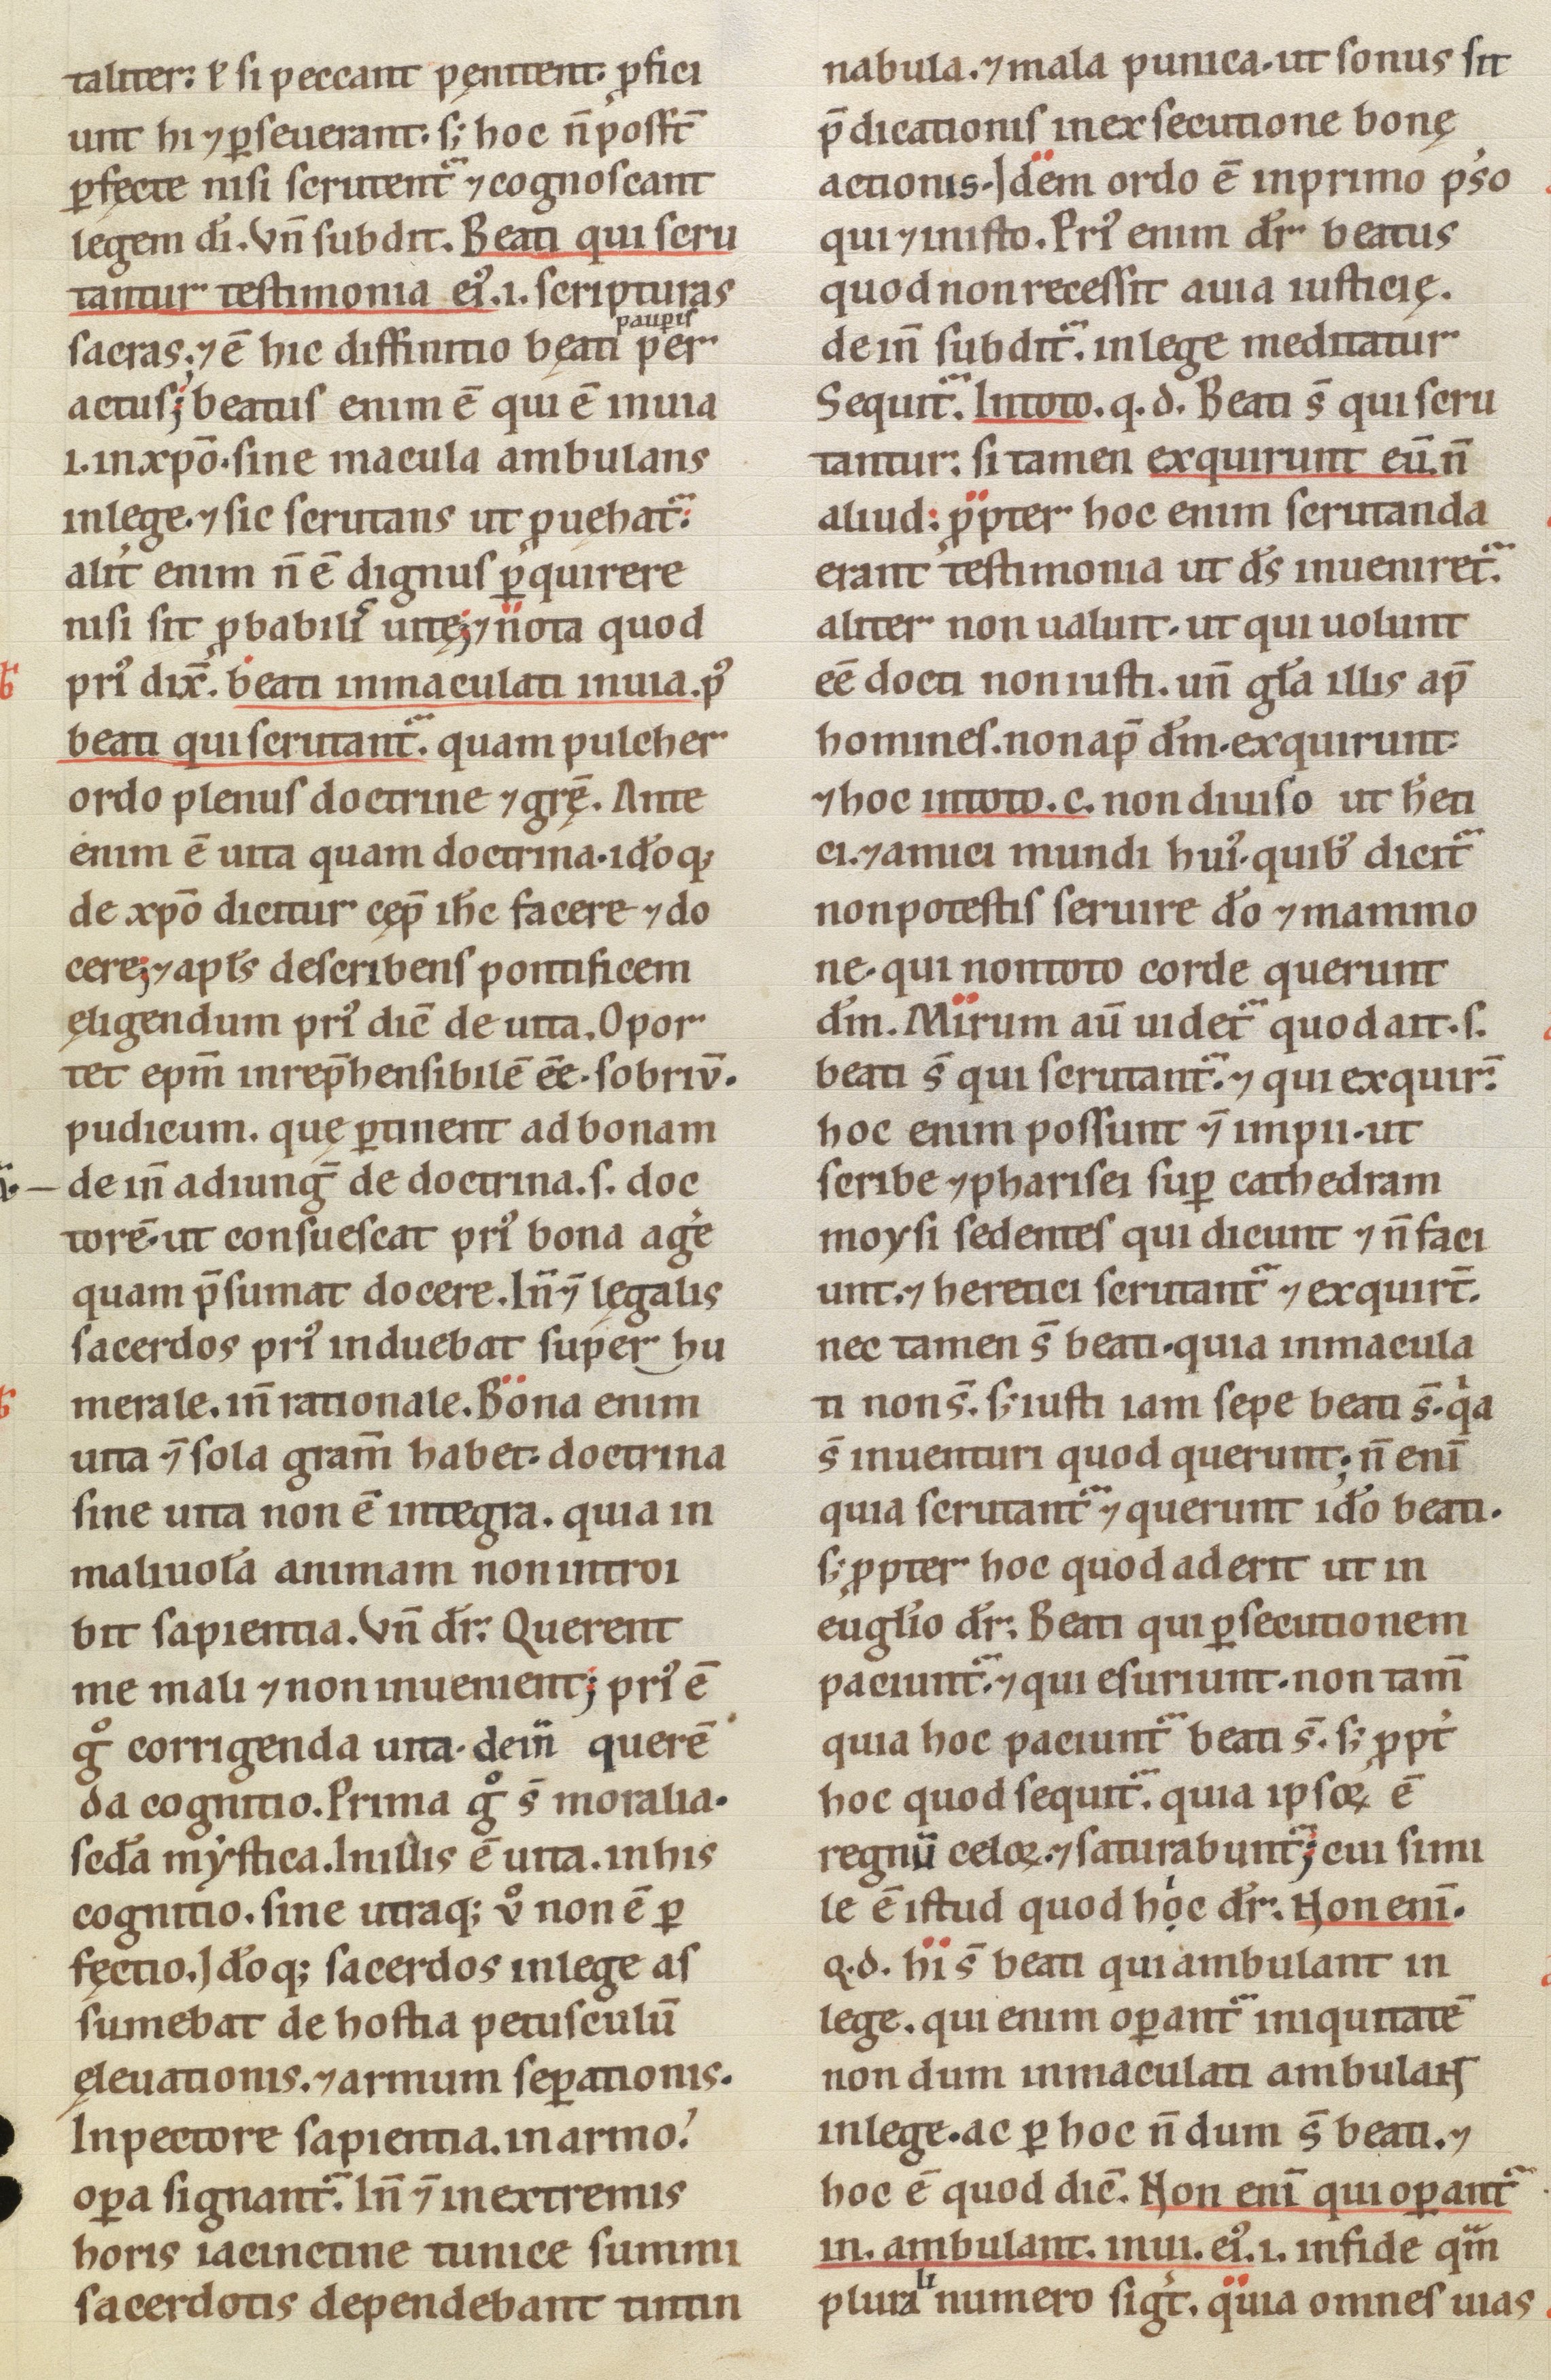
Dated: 1100–1199